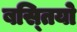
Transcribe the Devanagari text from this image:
बस्‍तियो